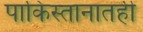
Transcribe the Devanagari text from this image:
पाकिस्तानातही